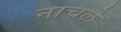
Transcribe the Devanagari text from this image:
नाचले